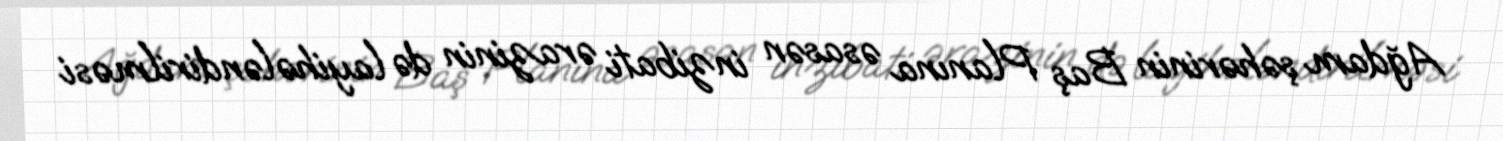
Ağdam şəhərinin Baş Planına əsasən inzibati ərazinin də layihələndirilməsi